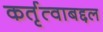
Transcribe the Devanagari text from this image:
कर्तृत्वाबद्दल